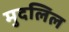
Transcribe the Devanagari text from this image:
मुदलिल